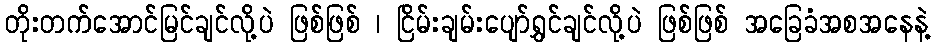
တိုးတက်အောင်မြင်ချင်လို့ပဲ ဖြစ်ဖြစ် ၊ ငြိမ်းချမ်းပျော်ရွှင်ချင်လို့ပဲ ဖြစ်ဖြစ် အခြေခံအစအနေနဲ့